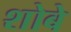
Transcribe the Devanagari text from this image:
शोबे